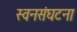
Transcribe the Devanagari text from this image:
स्वनसंघटना